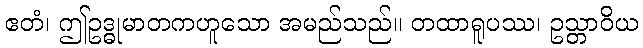
ဧတံ၊ ဤဥဒ္ဓုမာတကဟူသော အမည်သည်။ တထာရူပဿ၊ ဥသ္တာဝိယ